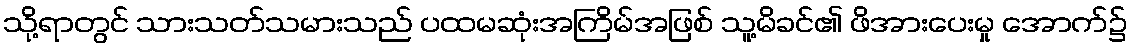
သို့ရာတွင် သားသတ်သမားသည် ပထမဆုံးအကြိမ်အဖြစ် သူ့မိခင်၏ ဖိအားပေးမှု အောက်၌